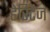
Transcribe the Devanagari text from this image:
हेरिटैज